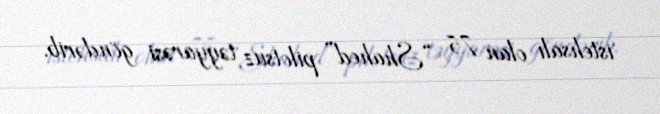
istehsalı olan 75 “Shahed” pilotsuz təyyarəsi göndərib.